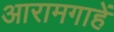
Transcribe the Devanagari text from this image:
आरामगाहें